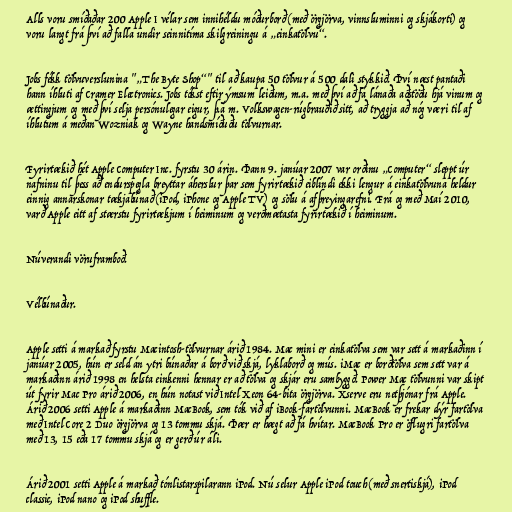
Alls voru smíðaðar 200 Apple I vélar sem innihéldu móðurborð (með örgjörva, vinnsluminni og skjákorti) og
voru langt frá því að falla undir seinnitíma skilgreiningu á „einkatölvu“.

Jobs fékk tölvuverslunina "„The Byte Shop“" til að kaupa 50 tölvur á 500 dali stykkið. Því næst pantaði
hann íhluti af Cramer Electronics. Jobs tókst eftir ýmsum leiðum, m.a. með því að fá lánaða aðstöðu hjá vinum og
ættingjum og með því selja persónulegar eigur, þ.á m. Volkswagen-rúgbrauðið sitt, að tryggja að nóg væri til af
íhlutum á meðan Wozniak og Wayne handsmíðuðu tölvurnar.

Fyrirtækið hét Apple Computer Inc. fyrstu 30 árin. Þann 9. janúar 2007 var orðinu „Computer“ sleppt úr
nafninu til þess að endurspegla breyttar áherslur þar sem fyrirtækið eiblíndi ekki lengur á einkatölvuna heldur
einnig annarskonar tækjabúnað (iPod, iPhone og Apple TV) og sölu á afþreyingarefni. Frá og með Maí 2010,
varð Apple eitt af stærstu fyrirtækjum í heiminum og verðmætasta fyrirtækið í heiminum.

Núverandi vöruframboð.

Vélbúnaður.

Apple setti á markað fyrstu Macintosh-tölvurnar árið 1984. Mac mini er einkatölva sem var sett á markaðinn í
janúar 2005, hún er seld án ytri búnaðar á borð við skjá, lyklaborð og mús. iMac er borðtölva sem sett var á
markaðinn árið 1998 en helsta einkenni hennar er að tölva og skjár eru sambyggð. Power Mac tölvunni var skipt
út fyrir Mac Pro árið 2006, en hún notast við Intel Xeon 64-bita örgjörva. Xserve eru netþjónar frá Apple.
Árið 2006 setti Apple á markaðinn MacBook, sem tók við af iBook-fartölvunni. MacBook er frekar dýr fartölva
með Intel Core 2 Duo örgjörva og 13 tommu skjá. Þær er hægt að fá hvítar. MacBook Pro er öflugri fartölva
með 13, 15 eða 17 tommu skjá og er gerð úr áli.

Árið 2001 setti Apple á markað tónlistarspilarann iPod. Nú selur Apple iPod touch (með snertiskjá), iPod
classic, iPod nano og iPod shuffle.